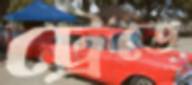
ট্রেডে